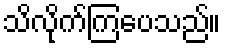
သိလိုက်ကြပေသည်။